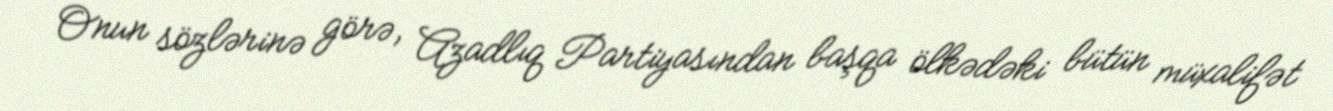
Onun sözlərinə görə, Azadlıq Partiyasından başqa ölkədəki bütün müxalifət